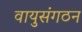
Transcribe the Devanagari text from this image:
वायुसंगठन